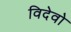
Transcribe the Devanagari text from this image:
विदेवो